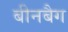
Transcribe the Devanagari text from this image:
बीनबैग